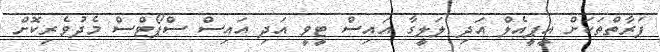
ފަރާތްތަކަށް އީޕީއެލް އަދި ލަލީގާ އައިސް ޓީވީ އަދި އައިސް ސްޕޯޓްސް މެދުވެރިކޮށް